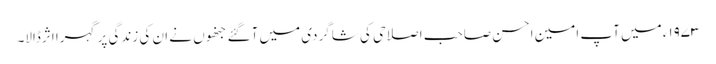
۱۹۷۳ء میں آپ امین احسن صاحب اصلاحی کی شاگردی میں آگئے جنھوں نے ان کی زندگی پر گہرا اثرڈالا۔